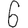
Digit: 6